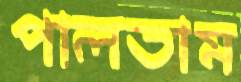
পালতাম